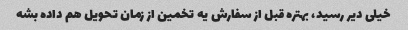
خیلی دیر رسید، بهتره قبل از سفارش یه تخمین از زمان تحویل هم داده بشه